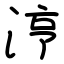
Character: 涥